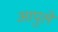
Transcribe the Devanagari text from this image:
आपुलें